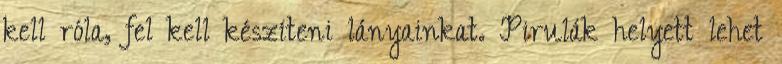
kell róla, fel kell készíteni lányainkat. Pirulák helyett lehet